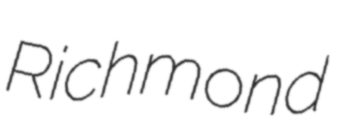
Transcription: Richmond